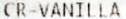
CR-VANILLA